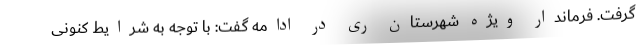
گرفت. فرماندار ویژه شهرستان ری در ادامه گفت: با توجه به شرایط کنونی